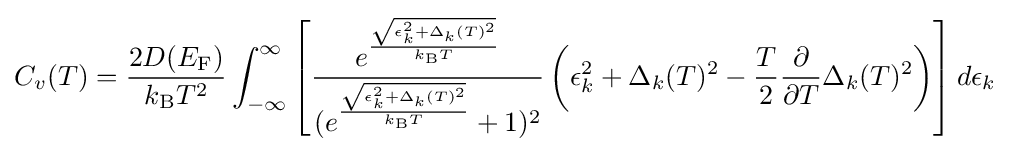
C_{v}(T)={\frac {2D(E_{\rm {F}})}{k_{\rm {B}}T^{2}}}\int _{-\infty }^{\infty }\left[{\frac {e^{\frac {\sqrt {\epsilon _{k}^{2}+\Delta _{k}(T)^{2}}}{k_{\rm {B}}T}}}{(e^{\frac {\sqrt {\epsilon _{k}^{2}+\Delta _{k}(T)^{2}}}{k_{\rm {B}}T}}+1)^{2}}}\left(\epsilon _{k}^{2}+\Delta _{k}(T)^{2}-{\frac {T}{2}}{\frac {\partial }{\partial T}}\Delta _{k}(T)^{2}\right)\right]d\epsilon _{k}